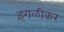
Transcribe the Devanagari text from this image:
इंगळीकर